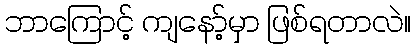
ဘာကြောင့် ကျနော့်မှာ ဖြစ်ရတာလဲ။